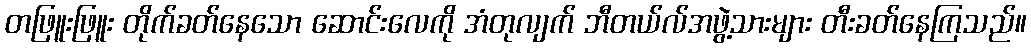
တဖြူးဖြူး တိုက်ခတ်နေသော ဆောင်းလေကို အံတုလျက် ဘီတယ်လ်အဖွဲ့သားများ တီးခတ်နေကြသည်။